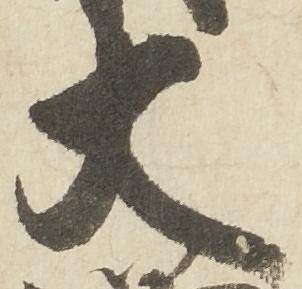
大